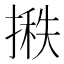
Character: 𪮞